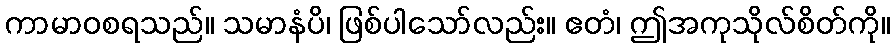
ကာမာဝစရသည်။ သမာနံပိ၊ ဖြစ်ပါသော်လည်း။ ဧတံ၊ ဤအကုသိုလ်စိတ်ကို။